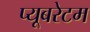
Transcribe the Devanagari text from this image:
प्यूबरेटम